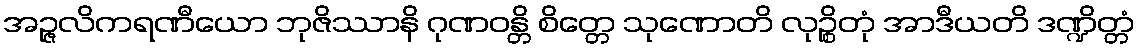
အဉ္ဇလိကရဏီယော ဘုဇိဿာနိ ဂုဏဝန္တိ စိတ္တေ သုဏောတိ လုဉ္စိတုံ အာဒီယတိ ဒဏ္ဍိတ္တံ